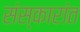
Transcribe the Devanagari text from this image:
संस्कारांत